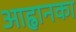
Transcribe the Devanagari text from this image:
आह्वानका